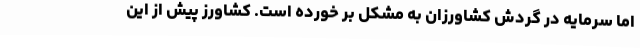
اما سرمایه در گردش کشاورزان به مشکل بر خورده است. کشاورز پیش از این